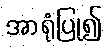
အာရုံပြု၍